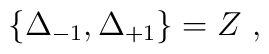
\{ \Delta_{-1}, \Delta_{+1} \} = Z\ ,